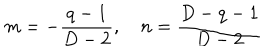
LaTeX: m = - \frac { q - 1 } { D - 2 } , \quad n = \frac { D - q - 1 } { D - 2 }